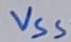
Text: VSS